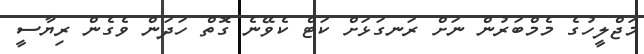
މަޖްލީހުގެ މެމްބަރުން ނަށް ރަނގަޅަށް ކަޓް ކެވޭނެ ގޮތް ހަދަން ވެގެން ރިޔާސީ